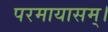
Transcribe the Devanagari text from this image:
परमायासम्‌।